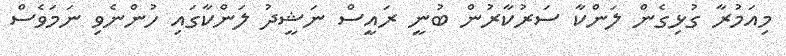
މިއަމުރާ ގުޅިގެން ލަންކާ ސަރުކާރުން ބުނީ ރައީސް ނަޝީދު ލަންކާގައި ހުންނެވި ނަމަވެސް